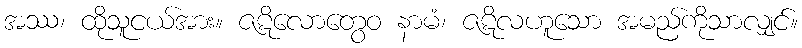
အဿ၊ ထိုသူငယ်အား။ ဇဋိလောတွေဝ နာမံ၊ ဇဋိလဟူသော အမည်ကိုသာလျှင်။